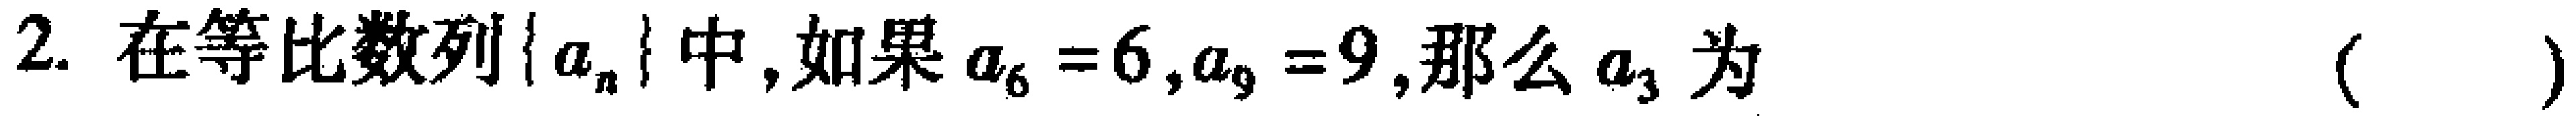
2. 在等比数列\(\{ a_{n}\}\)中，如果\(a_{6}=6,a_{9}=9\)，那么\(a_{3}\)为 （  ）